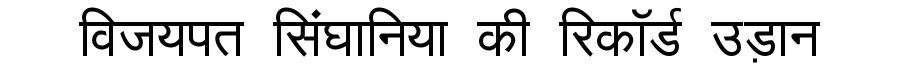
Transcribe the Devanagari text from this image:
विजयपत सिंघानिया की रिकॉर्ड उड़ान